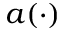
a ( \cdot )